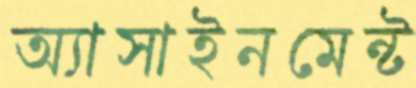
অ্যাসাইনমেন্ট